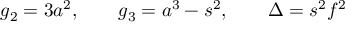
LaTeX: g _ { 2 } = 3 a ^ { 2 } , \qquad g _ { 3 } = a ^ { 3 } - s ^ { 2 } , \qquad \Delta = s ^ { 2 } f ^ { 2 }